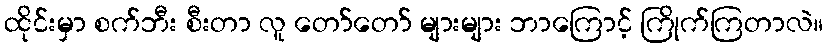
ထိုင်းမှာ စက်ဘီး စီးတာ လူ တော်တော် များများ ဘာကြောင့် ကြိုက်ကြတာလဲ။